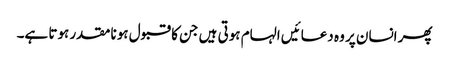
پھر انسان پر وہ دعائیں الہام ہوتی ہیں جن کا قبول ہونا مقدر ہوتا ہے۔